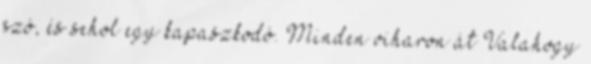
szó, és sehol egy kapaszkodó. Minden viharon át Valahogy